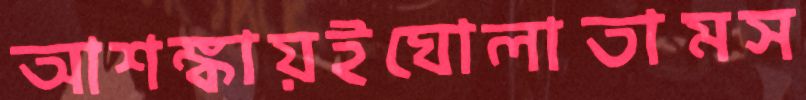
আশঙ্কায়ইঘোলাতামস